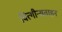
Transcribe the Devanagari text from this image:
वित्गीन्सताइन